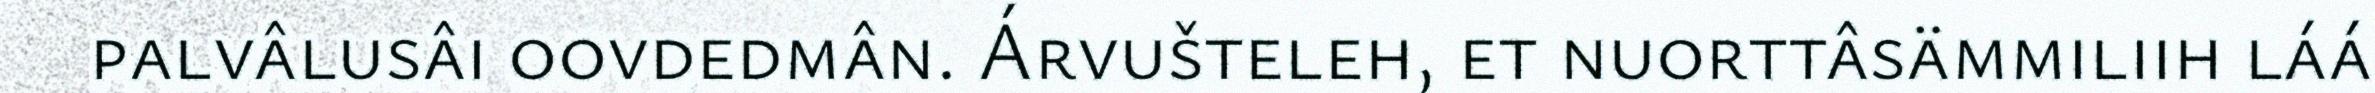
palvâlusâi oovdedmân. Árvušteleh, et nuorttâsämmiliih láá